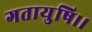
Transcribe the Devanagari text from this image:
गतायुषि।।